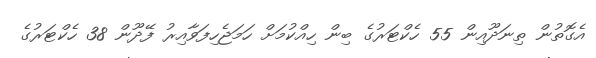
އެގޮތުން ތިނަދޫއިން 55 ހެކްޓަރުގެ ބިން ހިއްކުމަށް ހަމަޖެހިފަވާއިރު ފޭދޫން 38 ހެކްޓަރުގެ